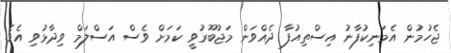
ޖެހުމުން އެމަނިކުފާނު އިސްތިއުފާ ދެއްވަން މަޖުބޫރުވީ ކަމަށް ވެސް އަސްލަމް ވިދާޅުވި އެވެ.